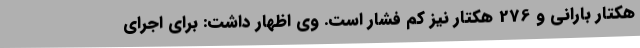
هکتار بارانی و 276 هکتار نیز کم فشار است. وی اظهار داشت: برای اجرای